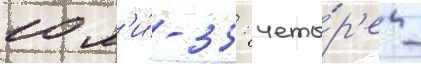
10 м'и́-35: четы́р'е -